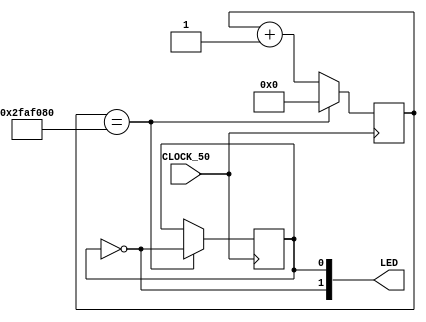
module values(input CLOCK_50, 
	output [1:0]LED);
   
reg [32:0] counter;
reg ledON=0;
   
assign LED[0] = ledON;
assign LED[1] = ~ledON;
	
always @(posedge CLOCK_50) begin		
 if(counter == 50000000) begin
  ledON = ~ledON;
  counter = 0;
 end
 else begin
  counter <= counter+1;
 end
 end
   
endmodule
   
module test;
   
 reg clk;
 wire [1:0]led;
  
values adder(clk,
led);
   
always #1 clk = ~clk;
   
initial begin
  $dumpvars(0,adder);
  #0;
  clk <= 0;
  #400000000;
  $finish;   
 end
endmodule